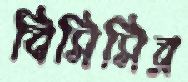
বিসিসির